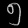
Digit: ၅